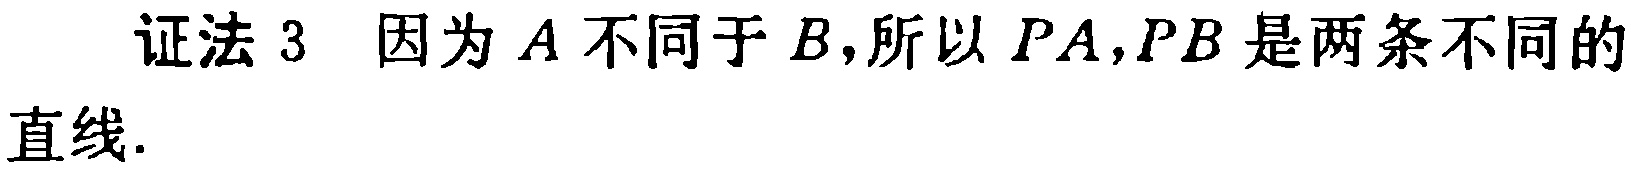
证法 3 因为 \(A\) 不同于 \(B\)，所以 \(PA,PB\) 是两条不同的直线.